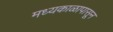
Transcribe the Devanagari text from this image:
मध्यकाळापासून